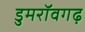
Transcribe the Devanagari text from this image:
डुमरॉवगढ़